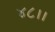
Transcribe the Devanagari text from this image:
४८।।